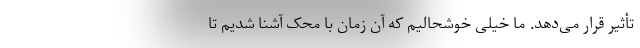
تأثیر قرار می‌دهد. ما خیلی خوشحالیم که آن زمان با محک آشنا شدیم تا